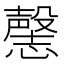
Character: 𰒘